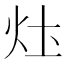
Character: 𤆧